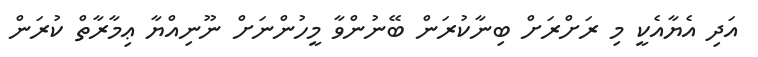
އަދި އެޔާއެކީ މި ރަށްރަށް ބިނާކުރަން ބޭނުންވާ މީހުންނަށް ނޫނިއްޔާ ޢިމާރާތް ކުރަން